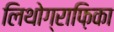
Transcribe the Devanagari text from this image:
लिथोग्राफ़िका